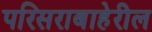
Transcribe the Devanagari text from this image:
परिसराबाहेरील